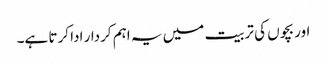
اور بچوں کی تربیت میں یہ اہم کردار ادا کرتا ہے۔